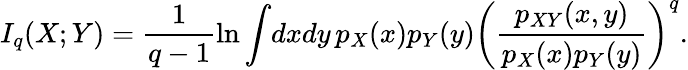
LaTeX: I_{q}(X;Y)=\frac{1}{q-1}\ln\int\! dxdy\, p_{X}(x)p_{Y}(y)\left(\frac{p_{XY}(x,y)}{p_{X}(x)p_{Y}(y)}\right)^{q}.